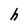
Character: h